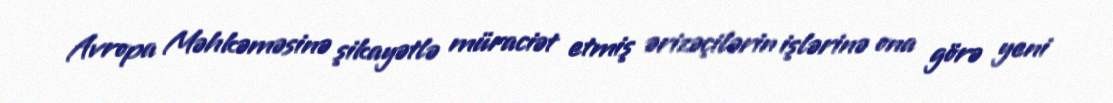
Avropa Məhkəməsinə şikayətlə müraciət etmiş ərizəçilərin işlərinə ona görə yeni